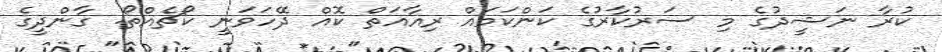
ކުރާ ނަޝީދުގެ މި ސަރުކާރުގެ ކަންކަމައް ރިއާއަތް ކޮއް ދޭހަވަނީ ކޯޗެއްތޯ. ގާންދީގެ